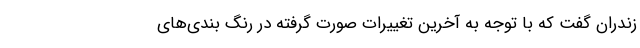
زندران گفت که با توجه به آخرین تغییرات صورت گرفته در رنگ بندی‌های